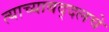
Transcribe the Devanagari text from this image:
त्याच्याबद्दलचे